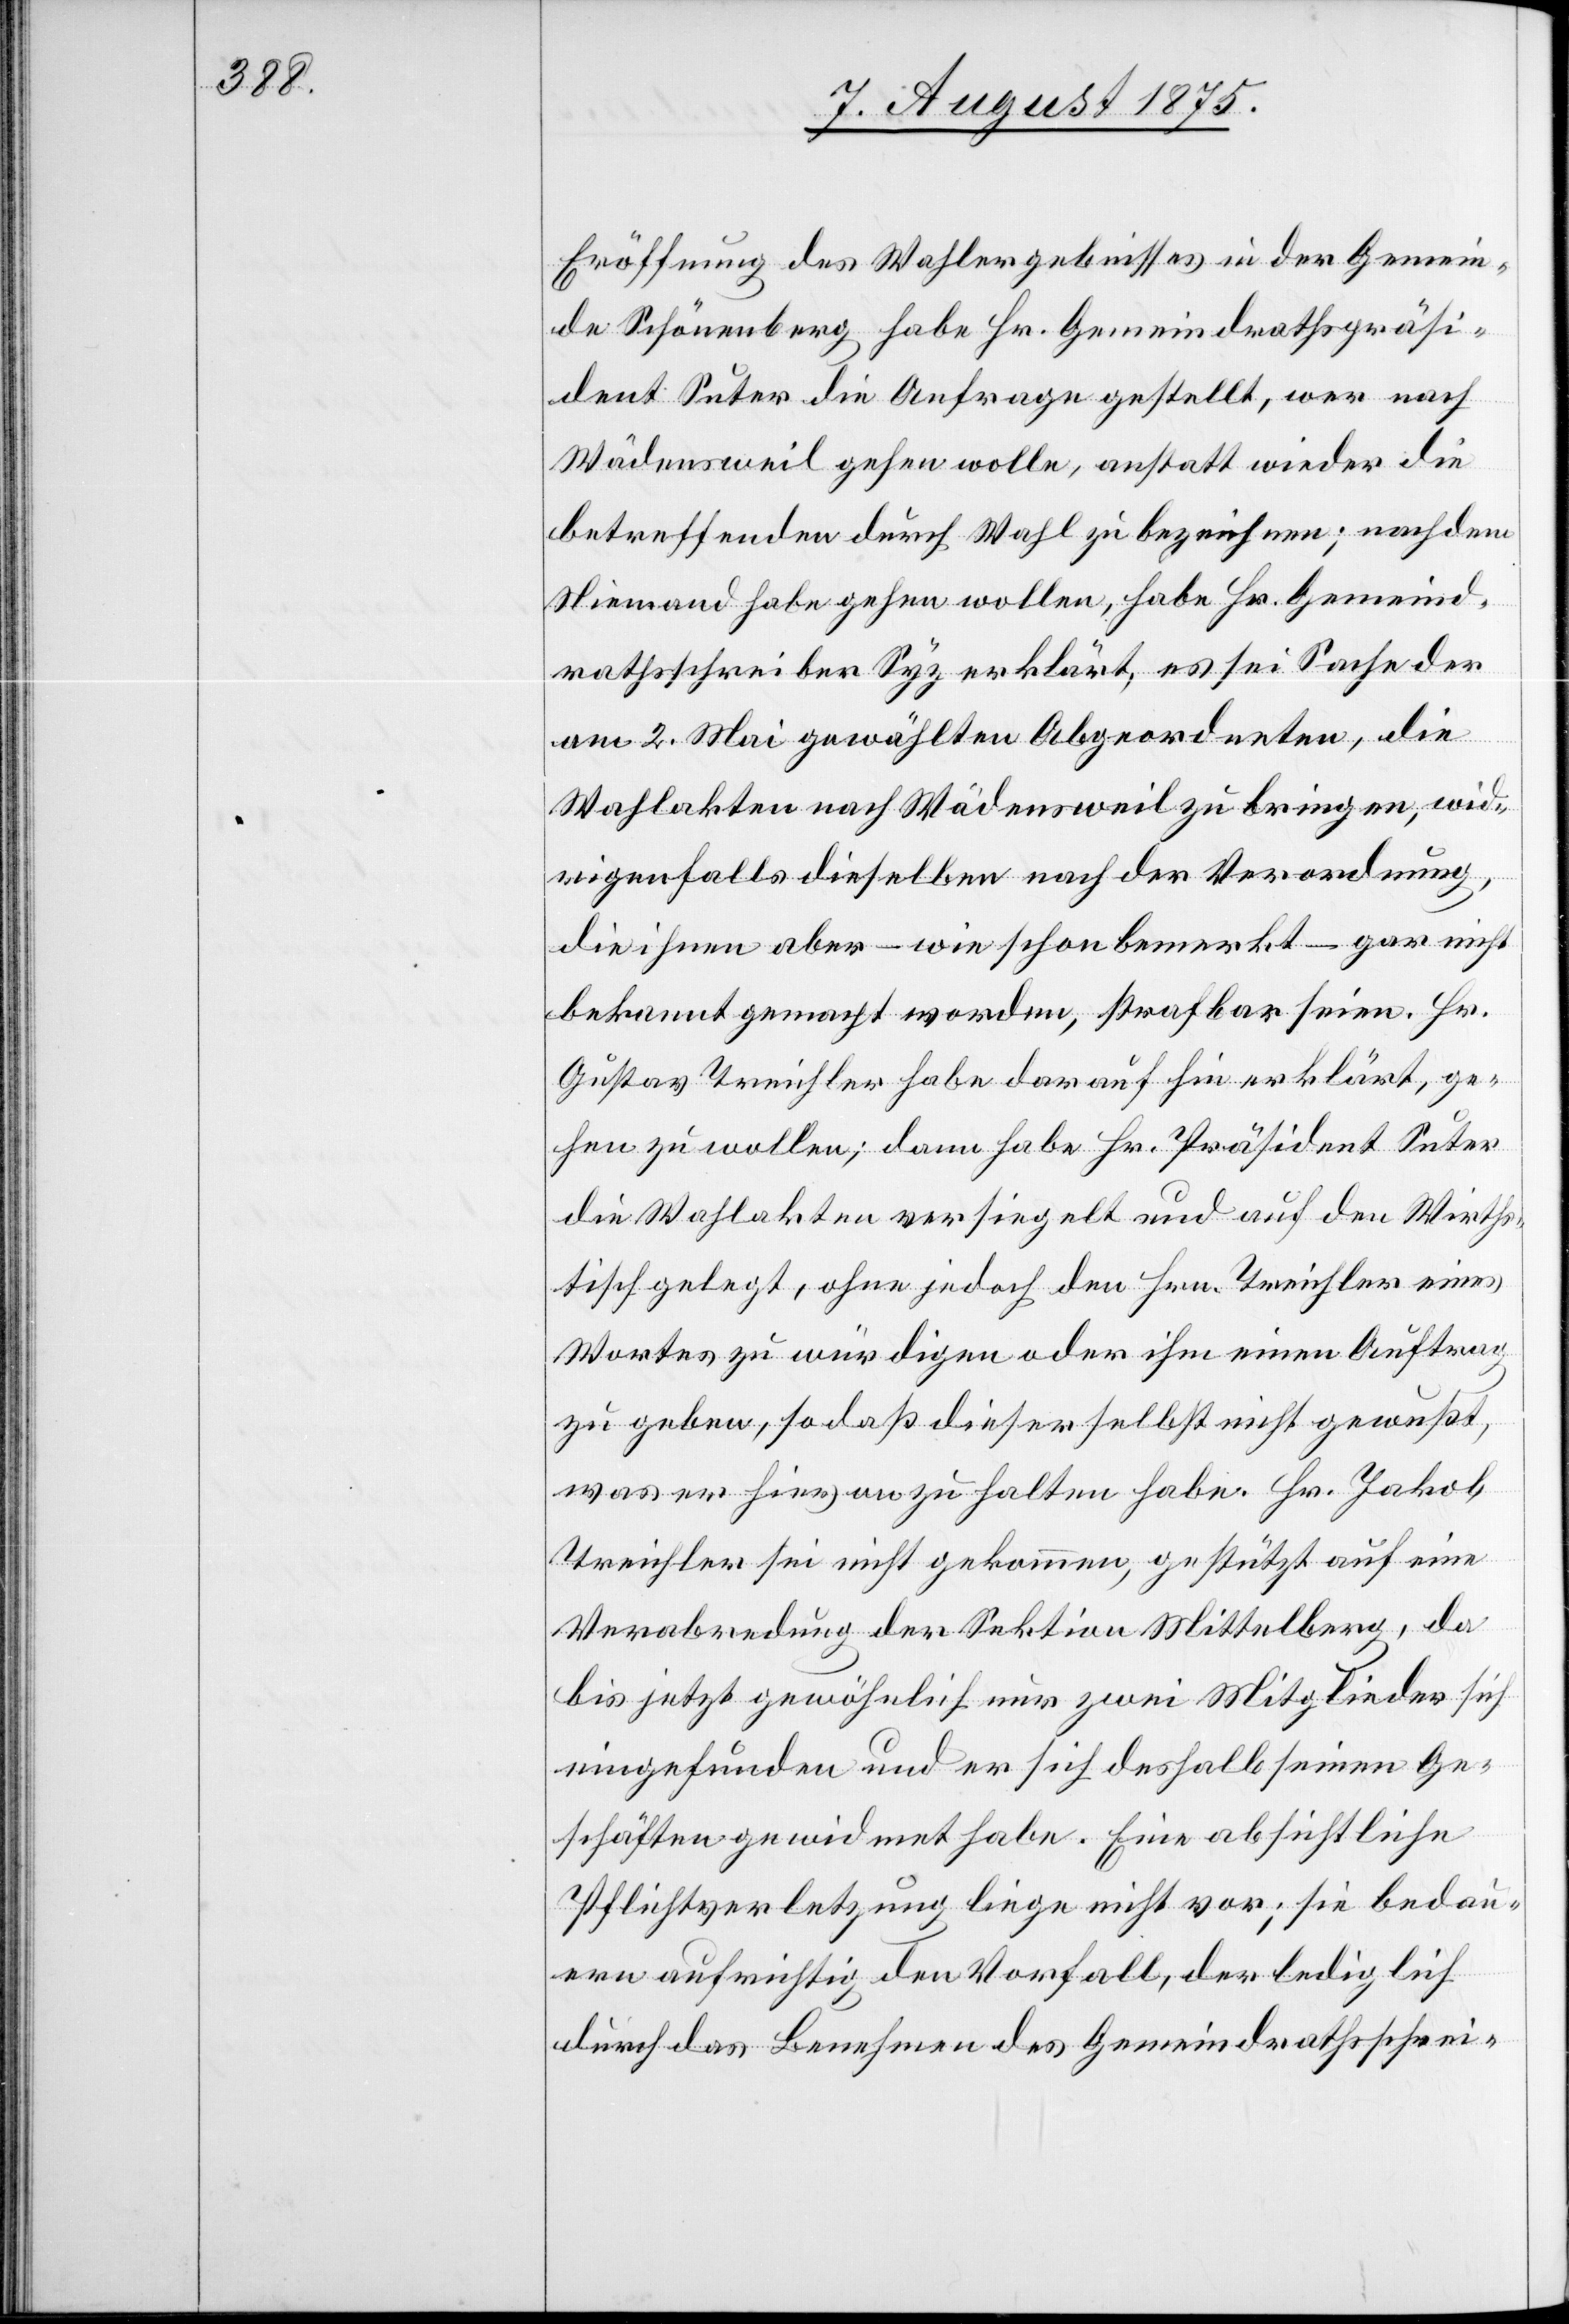
Eröffnung des Wahlergebnisses in der Gemein¬
de Schönenberg habe Hr. Gemeindrathspräsi¬
dent Suter die Anfrage gestellt, wen nach
Wädensweil gehen wolle, anstatt wider die
betreffenden durch Wahl zu bezeichnen; nachdem
Niemand habe gehen wollen, habe Hr. Gemeind¬
rathschreiber Syz erklärt, es sei Sache der
am 2. Mai gewählten Abgeordneten, die
Wahlakten nach Wädensweil zu bringen, wid¬
rigenfalls dieselben nach der Verordnung,
die ihnen aber – wie schon bemerkt – gar nicht
bekannt gemacht worden, strafbar seien. Hr.
Gustav Treichler habe daraufhin erklärt, ge¬
hen zu wollen; dann habe Hr. Präsident Suter
die Wahlakten versiegelt und auf den Wirths¬
tisch gelegt, ohne jedoch den Hrn. Treichler eines
Wortes zu würdigen oder ihm einen Auftrag
zu geben, so daß dieser selbst nicht gewußt,
was er hievon zu halten habe. Hr. Jakob
Treichler sei nicht gekommen, gestützt auf eine
Verabredung der Sektion Mittelberg, da
bis jetzt gewöhnlich nur zwei Mitglieder sich
eingefunden und er sich deshalb seinen Ge¬
schäften gewidmet habe. Eine absichtliche
Pflichtverletzung liege nicht vor; sie bedau¬
ern aufrichtig den Vorfall, der lediglich
durch das Benehmen des Gemeindrathsschrei-